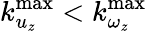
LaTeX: k_{u_{z}}^{\mathrm{max}}<k_{\omega_{z}}^{\mathrm{max}}